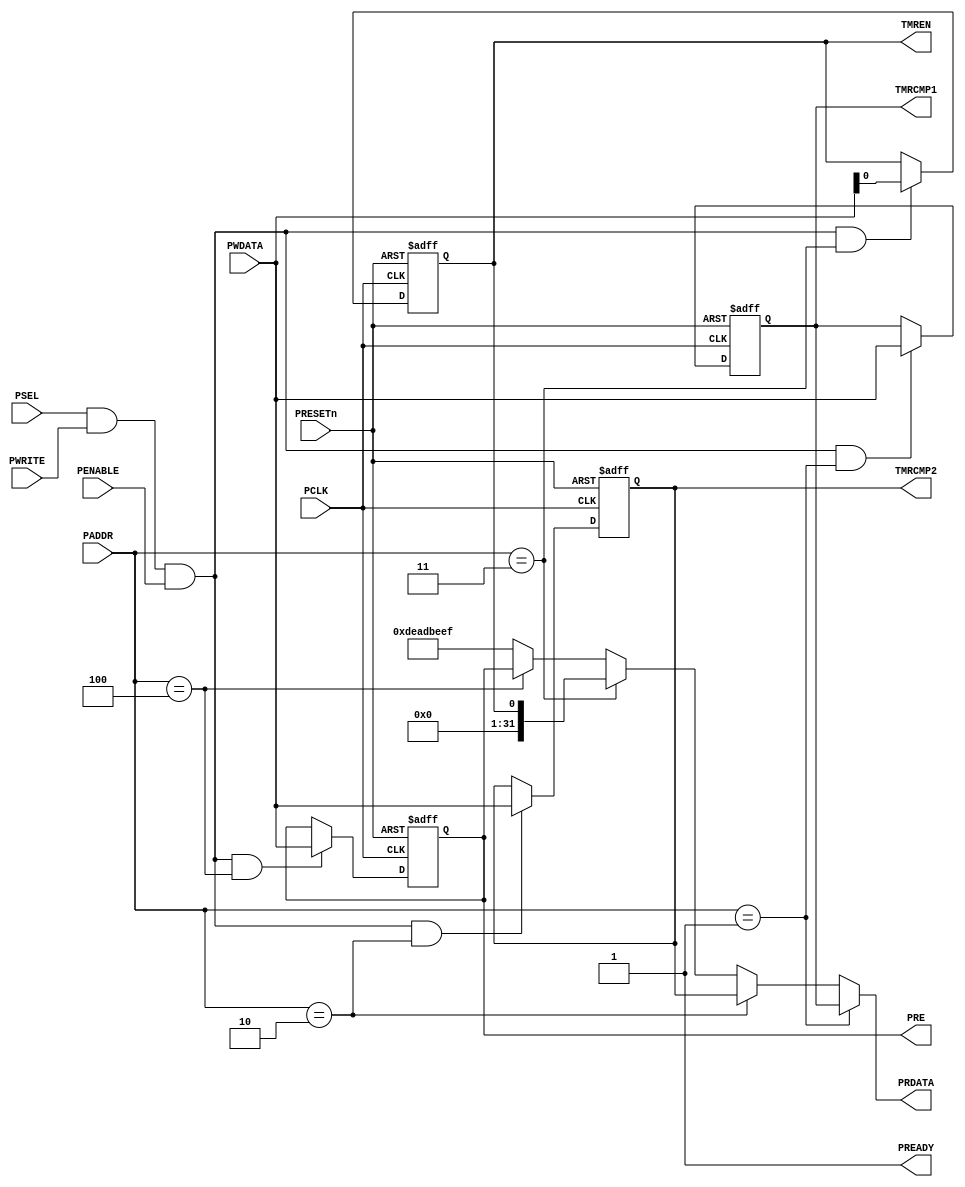
module APB_PWM32 (
	// APB Interface
	// clock and reset 
	input  wire        PCLK,    
	//input  wire        PCLKG,   // Gated clock
	input  wire        PRESETn, // Reset

	// input ports
	input  wire        PSEL,    // Select
	input  wire [5:3] PADDR,   // Address
	input  wire        PENABLE, // Transfer control
	input  wire        PWRITE,  // Write control
	input  wire [31:0] PWDATA,  // Write data

	// output ports
	output wire [31:0] PRDATA,  // Read data
	output wire        PREADY,
	// Device ready

	// IP Interface
	// PRE register/fields
	output [31:0] PRE,


	// TMRCMP1 register/fields
	output [31:0] TMRCMP1,


	// TMRCMP2 register/fields
	output [31:0] TMRCMP2,


	// TMREN register/fields
	output [0:0] TMREN

);

	parameter [2:0] TMRCMP1_ADDR = 3'h1;
	parameter [2:0] TMRCMP2_ADDR = 3'h2;
	parameter [2:0] TMREN_ADDR   = 3'h3;
	parameter [2:0] PRE_ADDR     = 3'h4;

	wire rd_enable;
	wire wr_enable;
	assign  rd_enable = PSEL & (~PWRITE); 
	assign  wr_enable = PSEL & PWRITE & (PENABLE); 
	assign  PREADY = 1'b1;
    

    reg [31:0] PRE;

    reg [31:0] TMRCMP1;

    reg [31:0] TMRCMP2;

    reg [0:0] TMREN;


	// Register: PRE
	wire PRE_select = wr_enable & (PADDR[5:3] == PRE_ADDR);

    always @(posedge PCLK or negedge PRESETn)
    begin
        if (~PRESETn)
            PRE <= 32'h0;
        else if (PRE_select)
            PRE <= PWDATA;
    end
    
	// Register: TMRCMP1
	wire TMRCMP1_select = wr_enable & (PADDR[5:3] == TMRCMP1_ADDR);

    always @(posedge PCLK or negedge PRESETn)
    begin
        if (~PRESETn)
            TMRCMP1 <= 32'h0;
        else if (TMRCMP1_select)
            TMRCMP1 <= PWDATA;
    end
    
	// Register: TMRCMP2
	wire TMRCMP2_select = wr_enable & (PADDR[5:3] == TMRCMP2_ADDR);

    always @(posedge PCLK or negedge PRESETn)
    begin
        if (~PRESETn)
            TMRCMP2 <= 32'h0;
        else if (TMRCMP2_select)
            TMRCMP2 <= PWDATA;
    end
    
	// Register: TMREN
	wire TMREN_select = wr_enable & (PADDR[5:3] == TMREN_ADDR);

    always @(posedge PCLK or negedge PRESETn)
    begin
        if (~PRESETn)
            TMREN <= 1'h0;
        else if (TMREN_select)
            TMREN <= PWDATA;
    end
    
	assign PRDATA = 
		(PADDR[5:3] == TMRCMP1_ADDR) ? TMRCMP1 : 
		(PADDR[5:3] == TMRCMP2_ADDR) ? TMRCMP2 : 
		(PADDR[5:3] == TMREN_ADDR) ? {31'd0,TMREN} : 
		(PADDR[5:3] == PRE_ADDR) ? PRE : 
		32'hDEADBEEF;

endmodule